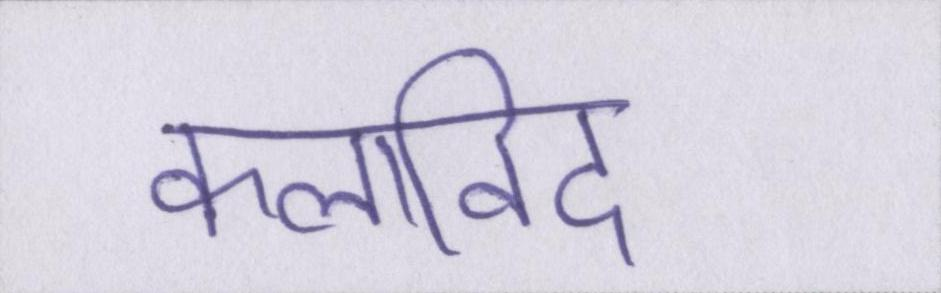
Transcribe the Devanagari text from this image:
कलाविद